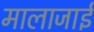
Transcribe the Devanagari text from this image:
मालाजाई